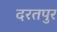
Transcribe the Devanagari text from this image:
दरतपुर